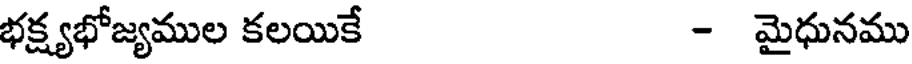
భక్ష్యభోజ్యముల కలయికే - మైధునము